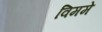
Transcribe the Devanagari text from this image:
विममे